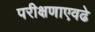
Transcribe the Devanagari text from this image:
परीक्षणाएवढे